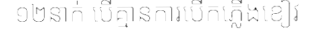
១២នាក់ បើគ្មានការបើកភ្លើងខៀវ